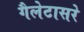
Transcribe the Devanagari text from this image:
गैलेटासरे